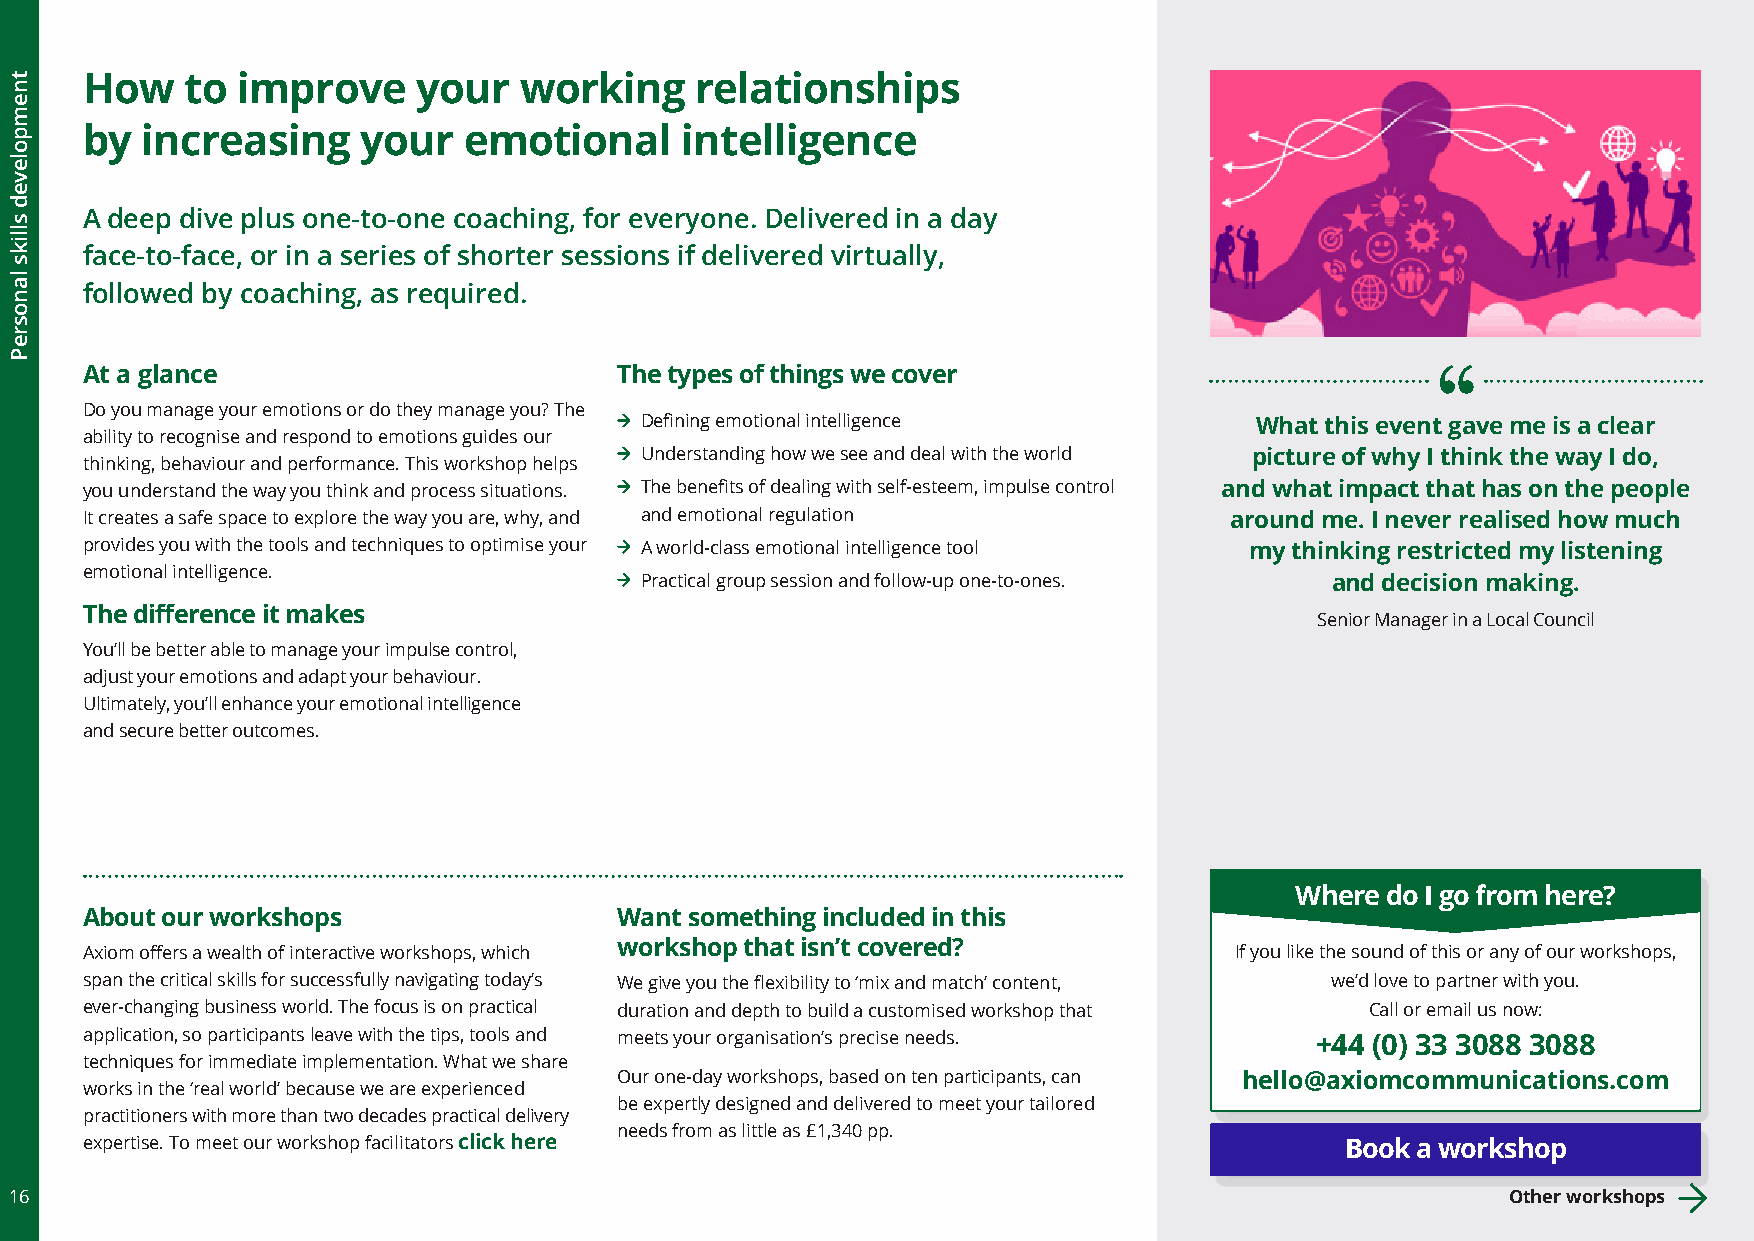
How    to  improve     your  working     relationships
 by  increasing     your   emotional     intelligence
 A deep dive plus one-to-one coaching, for everyone. Delivered in a day
 face-to-face, or in a series of shorter sessions if delivered virtually,
 followed by coaching, as required.
 At a glance                         The types of things we cover
 Do you manage your emotions or do they manage you? The
 Defining emotional intelligence          What this event gave me is a clear
 ability to recognise and respond to emotions guides our
 Understanding how we see and deal with the world picture of why I think the way I do,
 thinking, behaviour and performance. This workshop helps
 you understand the way you think and process situations. The benefits of dealing with self-esteem, impulse control and what impact that has on the people
 It creates a safe space to explore the way you are, why, and and emotional regulation around me. I never realised how much
 provides you with the tools and techniques to optimise your A world-class emotional intelligence tool my thinking restricted my listening
 emotional intelligence.
 Practical group session and follow-up one-to-ones. and decision making.
 The difference it makes
 Senior Manager in a Local Council
 You’ll be better able to manage your impulse control,
 adjust your emotions and adapt your behaviour.
 Ultimately, you’ll enhance your emotional intelligence
 and secure better outcomes.
 Where do I go from here?
 About our workshops                 Want something included in this
 Axiom offers a wealth of interactive workshops, which workshop that isn’t covered? If you like the sound of this or any of our workshops,
 span the critical skills for successfully navigating today’s We give you the flexibility to ‘mix and match’ content, we’d love to partner with you.
 ever-changing business world. The focus is on practical duration and depth to build a customised workshop that Call or email us now:
 application, so participants leave with the tips, tools and meets your organisation’s precise needs. +44 (0) 33 3088 3088
 techniques for immediate implementation. What we share
 Our one-day workshops, based on ten participants, can hello@axiomcommunications.com
 works in the ‘real world’ because we are experienced
 be expertly designed and delivered to meet your tailored
 practitioners with more than two decades practical delivery
 needs from as little as £1,340 pp.
 expertise. To meet our workshop facilitators click here                             Book a workshop
 16                                                                                                 Other workshops
 tnempoleved
 slliks
 lanosreP